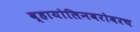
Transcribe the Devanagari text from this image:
व्हायोलिनबरोबरच